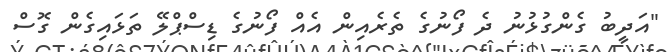
"އަދީބު ގެންގުޅުނު ދެ ފޯނުގެ ތެރެއިން އެއް ފޯނުގެ ޑިސްޕްލޭ ތަޅައިގެން ގޮސް